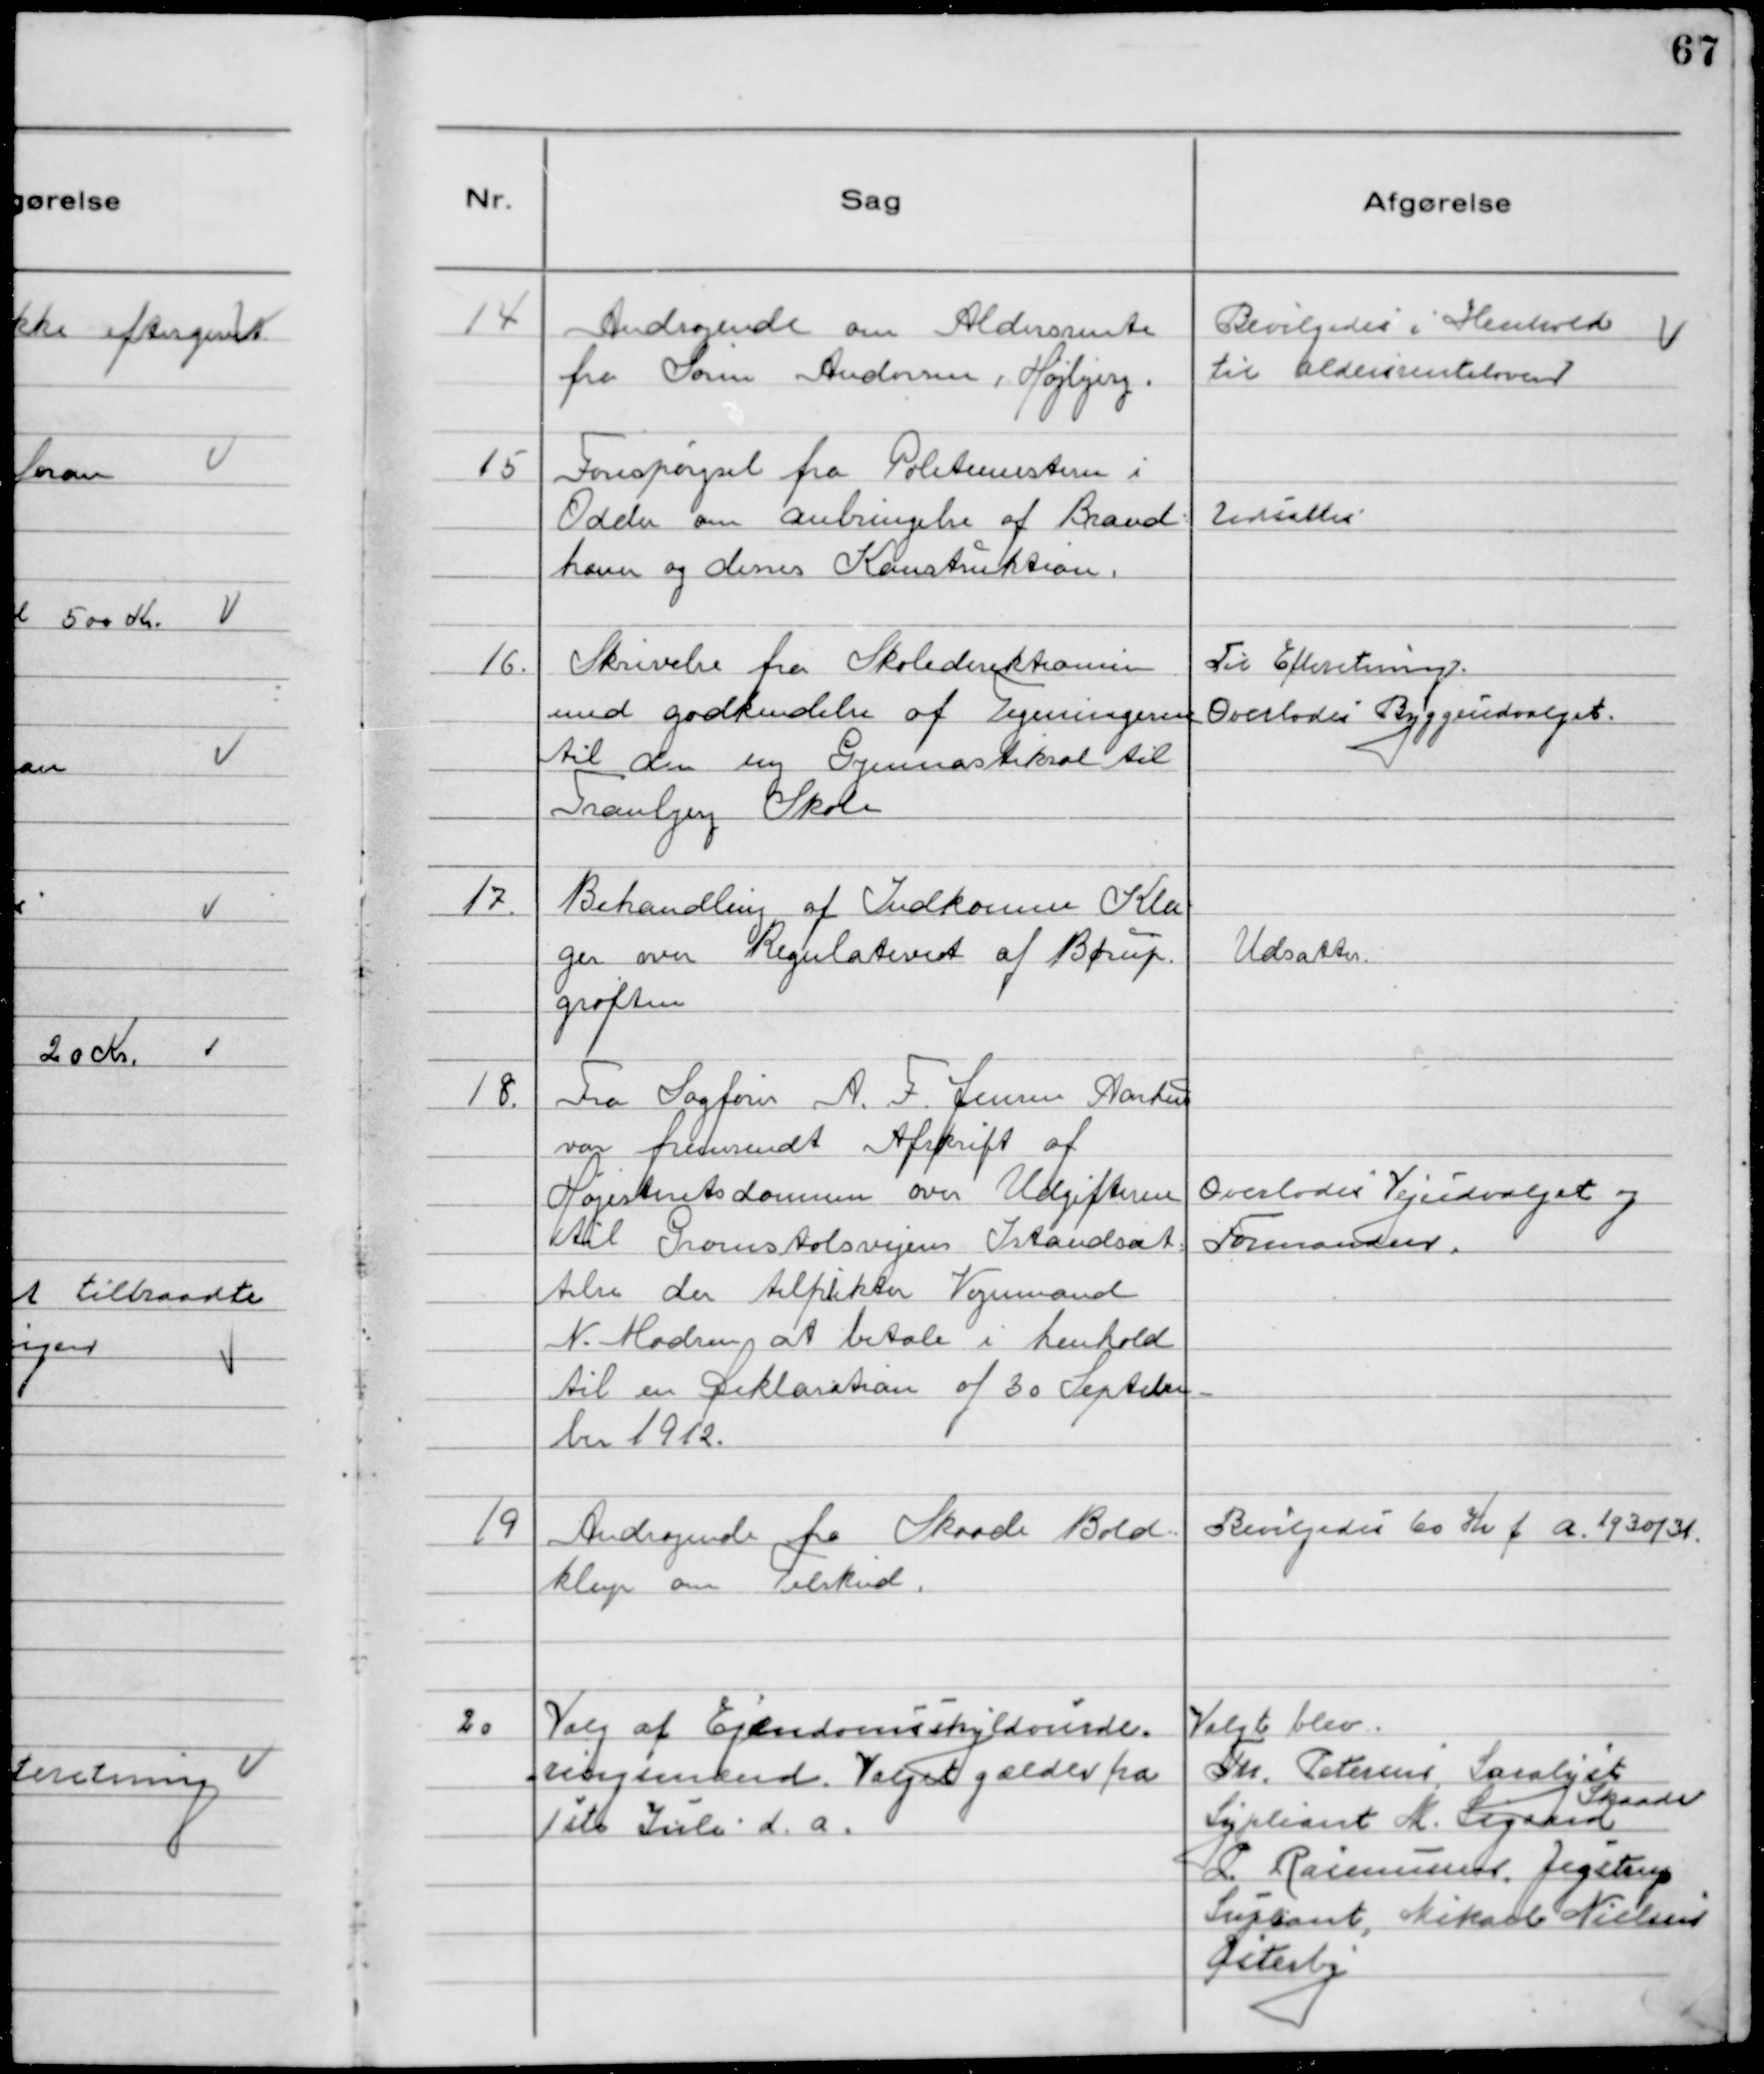
Transskription:
14 Andragende om Aldersrente
fra Søren Andersen, Højbjerg.

Bevilgedes i Henhold
til Aldersrenteloven

15 Forespørgsel fra Politimesteren i
Odder om anbringelse af Brand-
haner og deres Konstruktion.

Udsattes

16. Skrivelse fra Skoledirektionen
med godkendelse af Tegningerne
til den ny Gymnastiksal til
Tranbjerg Skole

Til Efteretning.
Overlodes Byggeudvalget.

17. Behandling af Indkomne Kla
ger over Regulativet af Børup
grøften

Udsattes.

18. Fra Sagfører A.F. Jensen Aarhus
var fremsendt Afskrift af
Højesteretsdommen over Udgifterne
til Grumstolsvejens Istandsæt-
telse der tilplikter Vognmand
N. Madsen at betale i henhold
til en Deklaration af 30 Septem-
ber 1912.

Overlodes Vejudvalget og
Formanden.

19 Andragende fra Skaade Bold-
klup om Tilskud.

Bevilgedes 60 Kr f a. 1930/31.

20 Valg af Ejendomsskyldvurde-
ringsmænd. Valget gælder fra
1ste Juli d. a.

Valgt blev.
Th. Petersen, Saralyst
Supleant M. Sigaard
Skaade
P. Rasmussen, Jegstrup.
Supleant, Mikael Nielsen
Østerby